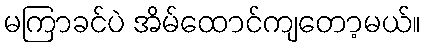
မကြာခင်ပဲ အိမ်ထောင်ကျတော့မယ်။